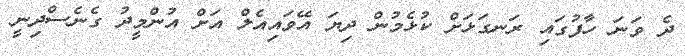
ދެ ވަނަ ހާފުގައި ރަނގަޅަށް ކުޅެމުން ދިޔަ އޭވައިއެލް އަށް އުންމީދު ގެނެސްދިނީ